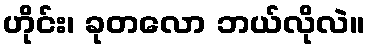
ဟိုင်း၊ ခုတလော ဘယ်လိုလဲ။